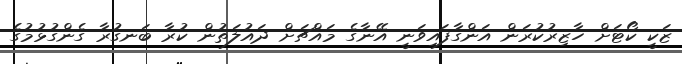
ޒަކީ ކޯޓަށް ހާޒިރުކުރަން އަންގާފައިވަނީ އޭނާގެ މައްޗަށް ދައުލަތުން ކުރާ ބަނގުރާ ގެންގުޅުމުގެ